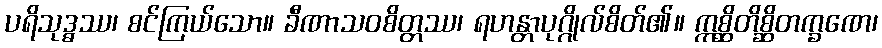
ပရိသုဒ္ဓဿ၊ စင်ကြယ်သော။ ခီဏာသဝစိတ္တဿ၊ ရဟန္တာပုဂ္ဂိုလ်စိတ်၏။ ဣစ္ဆိတိစ္ဆိတက္ခဏေ၊